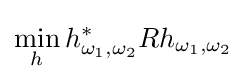
\min _{h}h_{\omega _{1},\omega _{2}}^{*}Rh_{\omega _{1},\omega _{2}}